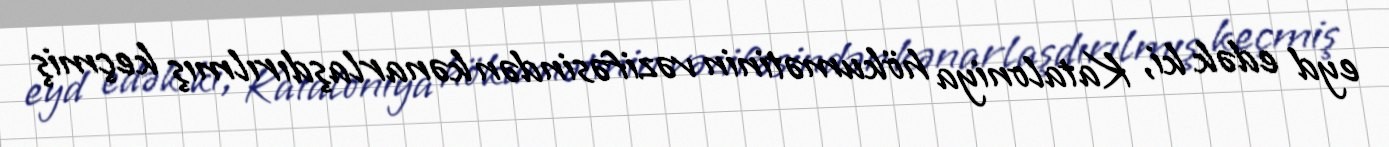
eyd edək ki, Kataloniya hökumətinin vəzifəsindən kənarlaşdırılmış keçmiş